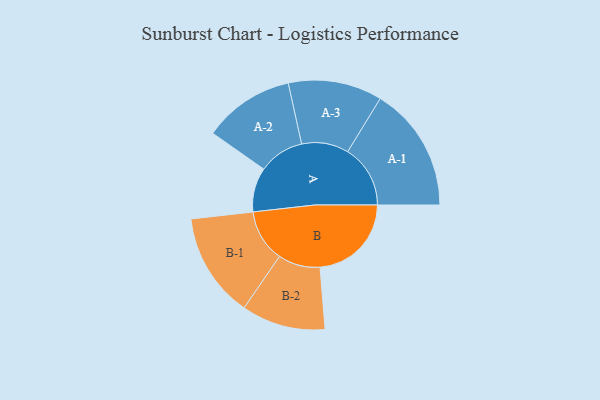
{"axis": {"x": "Segment", "y": "Value"}, "legend": ["", "A", "B"], "data": [{"x": "A", "y": 187, "type": ""}, {"x": "B", "y": 385, "type": ""}, {"x": "A-1", "y": 264, "type": "A"}, {"x": "A-2", "y": 192, "type": "A"}, {"x": "A-3", "y": 198, "type": "A"}, {"x": "B-1", "y": 221, "type": "B"}, {"x": "B-2", "y": 177, "type": "B"}]}